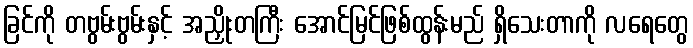
ခြင်ကို တဗွမ်းဗွမ်းနှင့် အညှိုးတကြီး အောင်မြင်ဖြစ်ထွန်းမည် ရှိသေးတာကို လရေတွေ